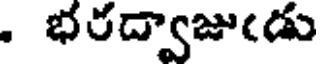
. భరద్వాజుఁడు